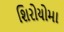
શિરોયોમા